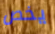
يخص